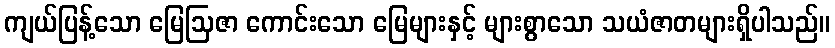
ကျယ်ပြန့်သော မြေဩဇာ ကောင်းသော မြေများနှင့် များစွာသော သယံဇာတများရှိပါသည်။